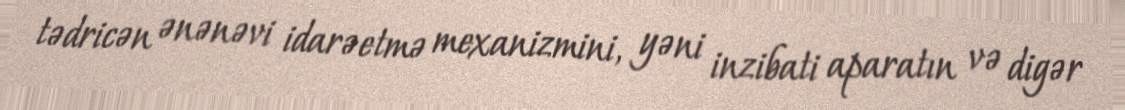
tədricən ənənəvi idarəetmə mexanizmini, yəni inzibati aparatın və digər